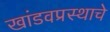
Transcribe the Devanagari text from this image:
खांडवप्रस्थाचे